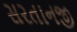
સરતાનજી